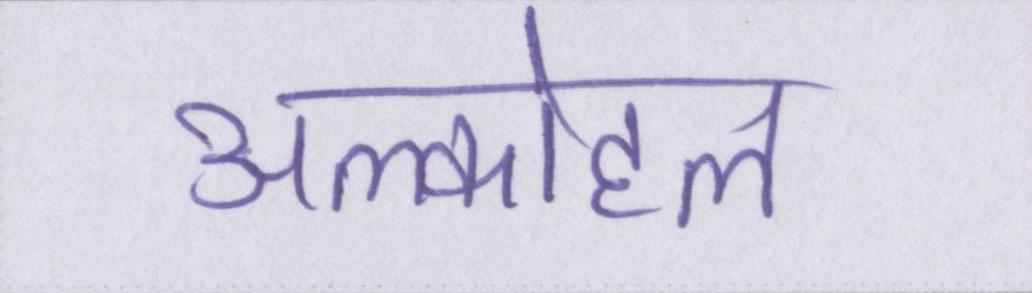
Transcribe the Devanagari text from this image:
अल्कोहल